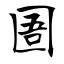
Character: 圄